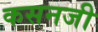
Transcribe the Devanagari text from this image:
कसनजी